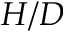
H / D